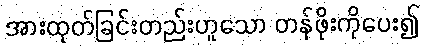
အားထုတ်ခြင်းတည်းဟူသော တန်ဖိုးကိုပေး၍